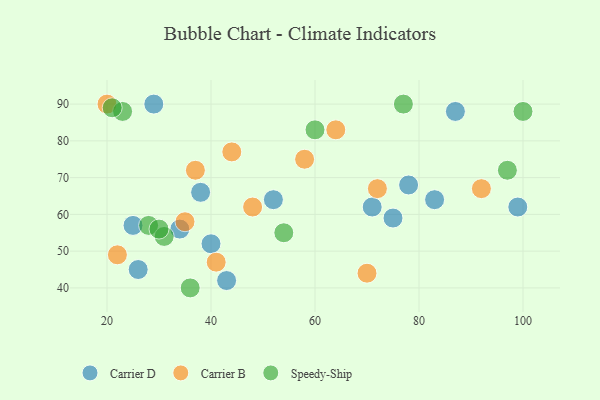
{"axis": {"x": "GDP", "y": "Life Expectancy"}, "legend": ["Carrier B", "Carrier D", "Speedy-Ship"], "data": [{"x": "26", "y": 45, "type": "Carrier D"}, {"x": "83", "y": 64, "type": "Carrier D"}, {"x": "43", "y": 42, "type": "Carrier D"}, {"x": "25", "y": 57, "type": "Carrier D"}, {"x": "34", "y": 56, "type": "Carrier D"}, {"x": "52", "y": 64, "type": "Carrier D"}, {"x": "40", "y": 52, "type": "Carrier D"}, {"x": "38", "y": 66, "type": "Carrier D"}, {"x": "75", "y": 59, "type": "Carrier D"}, {"x": "29", "y": 90, "type": "Carrier D"}, {"x": "71", "y": 62, "type": "Carrier D"}, {"x": "99", "y": 62, "type": "Carrier D"}, {"x": "78", "y": 68, "type": "Carrier D"}, {"x": "87", "y": 88, "type": "Carrier D"}, {"x": "64", "y": 83, "type": "Carrier B"}, {"x": "70", "y": 44, "type": "Carrier B"}, {"x": "37", "y": 72, "type": "Carrier B"}, {"x": "44", "y": 77, "type": "Carrier B"}, {"x": "58", "y": 75, "type": "Carrier B"}, {"x": "41", "y": 47, "type": "Carrier B"}, {"x": "72", "y": 67, "type": "Carrier B"}, {"x": "92", "y": 67, "type": "Carrier B"}, {"x": "48", "y": 62, "type": "Carrier B"}, {"x": "35", "y": 58, "type": "Carrier B"}, {"x": "22", "y": 49, "type": "Carrier B"}, {"x": "20", "y": 90, "type": "Carrier B"}, {"x": "97", "y": 72, "type": "Speedy-Ship"}, {"x": "23", "y": 88, "type": "Speedy-Ship"}, {"x": "28", "y": 57, "type": "Speedy-Ship"}, {"x": "31", "y": 54, "type": "Speedy-Ship"}, {"x": "30", "y": 56, "type": "Speedy-Ship"}, {"x": "36", "y": 40, "type": "Speedy-Ship"}, {"x": "100", "y": 88, "type": "Speedy-Ship"}, {"x": "77", "y": 90, "type": "Speedy-Ship"}, {"x": "60", "y": 83, "type": "Speedy-Ship"}, {"x": "21", "y": 89, "type": "Speedy-Ship"}, {"x": "54", "y": 55, "type": "Speedy-Ship"}]}